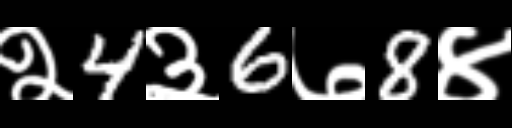
Text: २4३6७8४